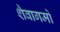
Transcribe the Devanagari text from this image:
शैवागमो